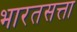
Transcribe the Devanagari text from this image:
भारतसत्ता